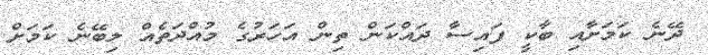
ދޭނެ ކަމަށާއި ބާކީ ފައިސާ ދައްކަން ތިން އަހަރުގެ މުއްދަތެއް ލިބޭނެ ކަމަށް